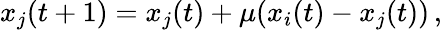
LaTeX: x_{j}(t+1)=x_{j}(t)+\mu(x_{i}(t)-x_{j}(t))\, ,